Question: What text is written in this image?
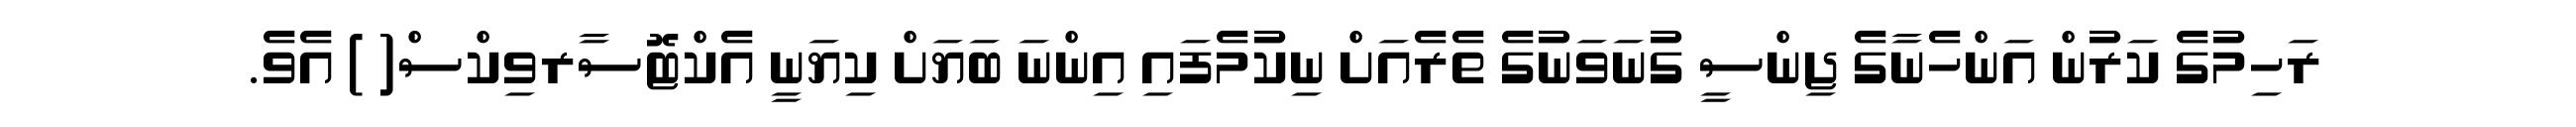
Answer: ރަހިމުގެ ކަރުން އަންހެނާގެ ޖިންސީ ގުނަވަނުގެ ތެރެއަށް ނިކުމެފައި އިންނަ ބަޔަށް ކިޔަނީ އެކްޓޮސާރވިކްސް( ) އެވެ.